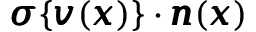
{ \pmb \sigma } \{ { \pmb v } ( { \pmb x } ) \} \cdot { \pmb n } ( { \pmb x } )